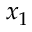
x _ { 1 }